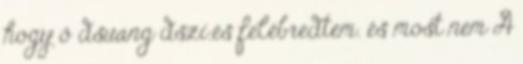
hogy ő dsuang dszi.és felébredtem. és most nem A